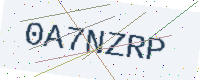
Text: 0A7NZRP